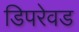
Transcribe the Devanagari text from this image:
डिपरेवड